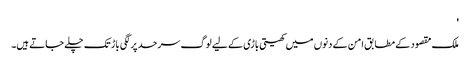
'
ملک مقصود کے مطابق امن کے دنوں میں کھیتی باڑی کے لیے لوگ سرحد پر لگی باڑ تک چلے جاتے ہیں۔